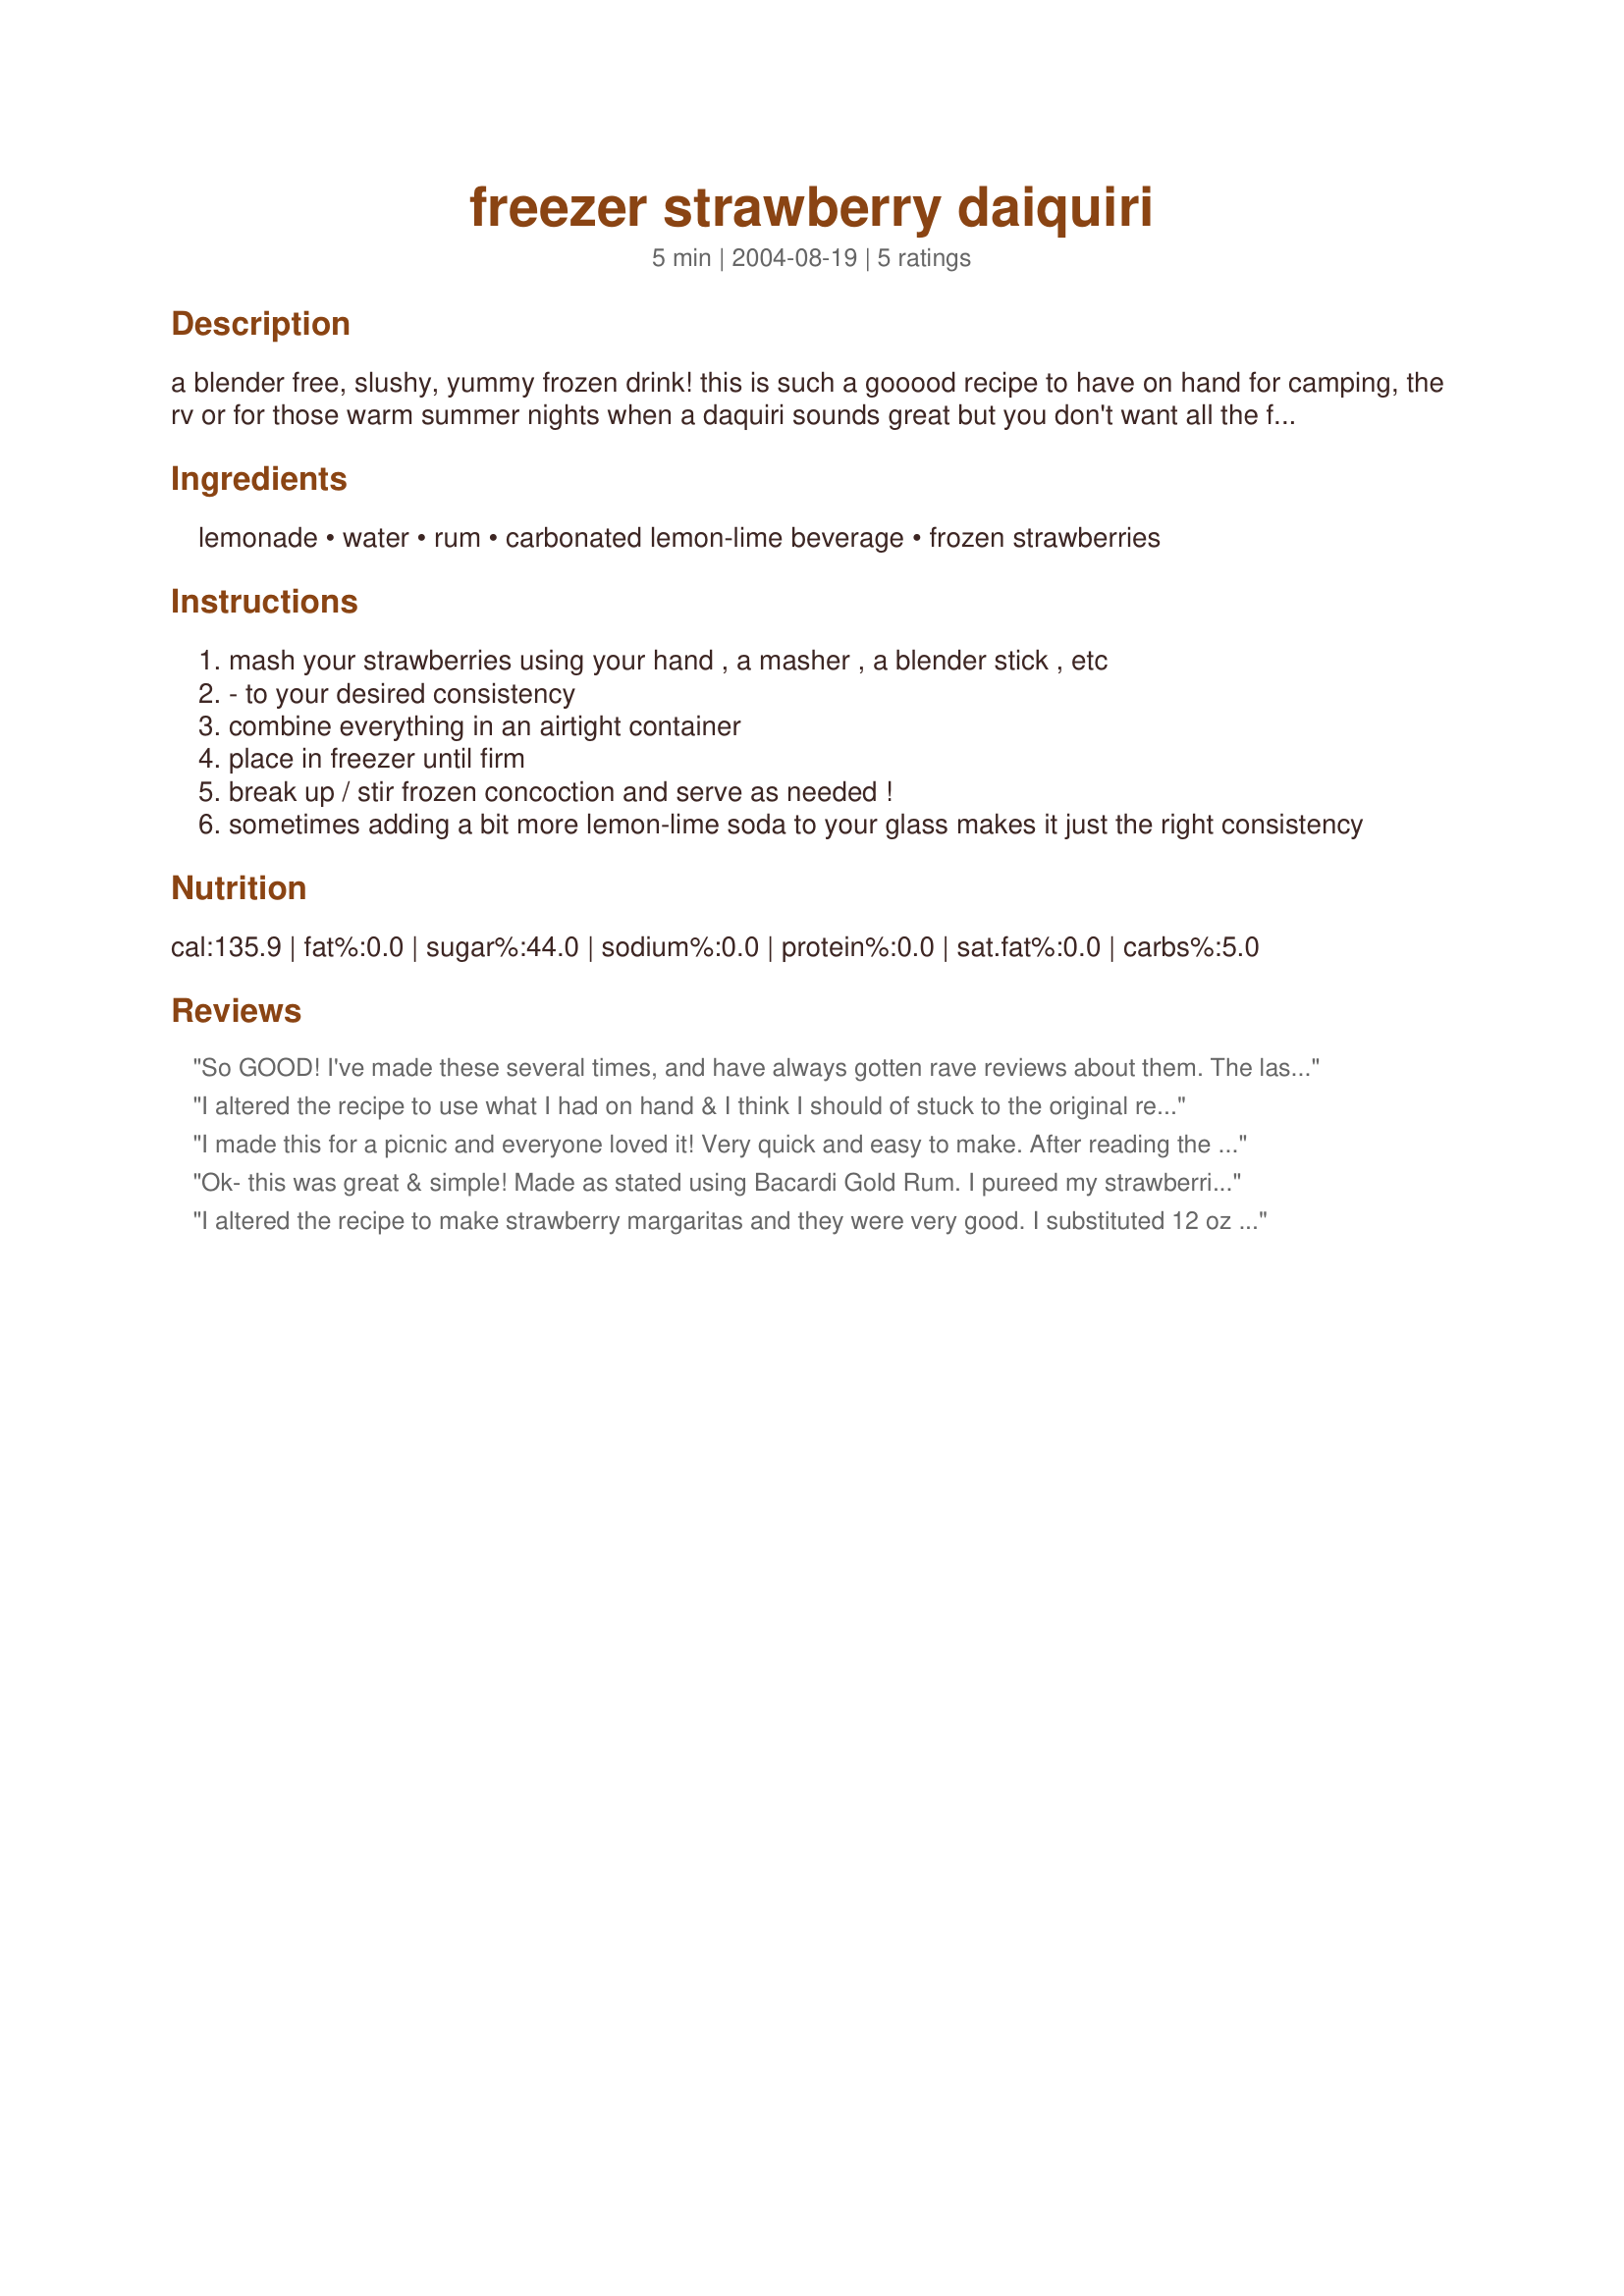
freezer strawberry daiquiri
Preparation time: 5 minutes

a blender free, slushy, yummy frozen drink! this is such a gooood recipe to have on hand for camping, the rv or for those warm summer nights when a daquiri sounds great but you don't want all the fuss. just toss all the goodies into an airtight container and freeze for later. yum! (prep time does not include freeze time)

Ingredients:
lemonade, water, rum, carbonated lemon-lime beverage, frozen strawberries

Steps:
mash your strawberries using your hand , a masher , a blender stick , etc
- to your desired consistency
combine everything in an airtight container
place in freezer until firm
break up / stir frozen concoction and serve as needed !
sometimes adding a bit more lemon-lime soda to your glass makes it just the right consistency

Reviews:
So GOOD! I've made these several times, and have always gotten rave reviews about them. The last time I made them I used lemon rum, since that is what I had on hand, yummy! I usually add a splash of Sprite to the top to make them bubble when I serve them.
I altered the recipe to use what I had on hand & I think I should of stuck to the original recipe! I didn't have any strawberries, so tried using cherry kool-aid (dry pkg) and then added some simple syrup to sweeten it up. I think if I wouldn't of added so much simple syrup it would of been great- as I made it it was OK.

 I'll be making it again following the recipe and I'm sure it'll be a 5 star rating then!
I made this for a picnic and everyone loved it! Very quick and easy to make. After reading the reviews of others I converted the recipe to strawberry margaritas by pureeing my strawberries and substituting 12 oz. tequila and 6 oz of triple sec for the rum, and using limeade instead of lemonade. This is a terrific way to get prepared for a weekend event because the delicious concoction can be made-ahead and stored in the freezer until the weekend! Thanks!
Ok- this was great & simple! 
Made as stated using Bacardi Gold Rum. I pureed my strawberries with my immersion blender, didn't want too big of chunks to plug up my straw!

I kept in the freezer for two weeks; taking some out when I wanted; without any problems.

Only one problem - I was supposed to share w/ my sister and she didn't even get a sip!!!

Thank you!
I altered the recipe to make strawberry margaritas and they were very good. I substituted 12 oz tequila in place of the rum and added 6 oz of triple sec....additionally I used limeade in the place of lemonade.
